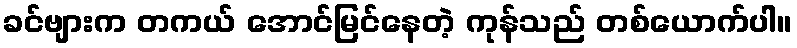
ခင်ဗျားက တကယ် အောင်မြင်နေတဲ့ ကုန်သည် တစ်ယောက်ပါ။